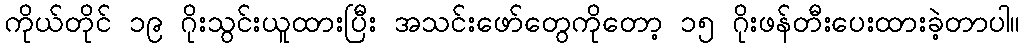
ကိုယ်တိုင် ၁၉ ဂိုးသွင်းယူထားပြီး အသင်းဖော်တွေကိုတော့ ၁၅ ဂိုးဖန်တီးပေးထားခဲ့တာပါ။